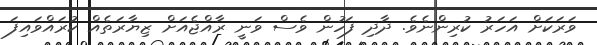
ވަރަކަށް އަހަރު ކުރިންނެވެ. ދާދި ފަހުން ވެސް ވަނީ ރާއްޖެއަށް ޒިޔާރަތެއް ކުރައްވައިފަ